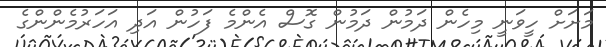
މަށަށް ހީވަނީ މިހެން ދަމުން ދަމުން ގޮސް އެންމެ ފަހުން އަދި އަހަރުމެންންގެ